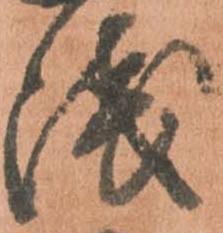
浅